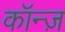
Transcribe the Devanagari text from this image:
कॉन्ज़